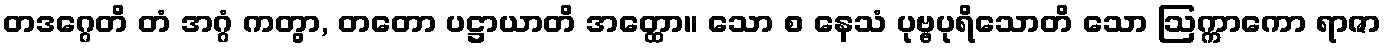
တဒဂ္ဂေတိ တံ အဂ္ဂံ ကတွာ, တတော ပဋ္ဌာယာတိ အတ္ထော။ သော စ နေသံ ပုဗ္ဗပုရိသောတိ သော ဩက္ကာကော ရာဇာ